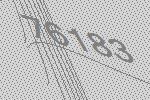
76183